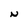
Character: N